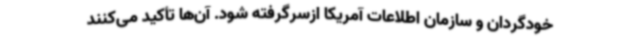
خودگردان و سازمان اطلاعات آمریکا ازسرگرفته شود. آن‌ها تأکید می‌کنند